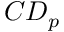
C D _ { p }